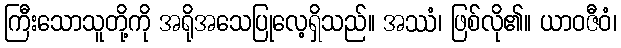
ကြီးသောသူတို့ကို အရိုအသေပြုလေ့ရှိသည်။ အဿံ၊ ဖြစ်လို၏။ ယာဝဇီဝံ၊